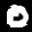
Label: 0